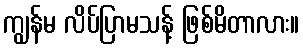
ကျွန်မ လိပ်ပြာမသန့် ဖြစ်မိတာလား။